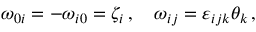
\omega _ { 0 i } = - \omega _ { i 0 } = \zeta _ { i } \, , \quad \omega _ { i j } = \varepsilon _ { i j k } \theta _ { k } \, ,